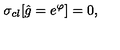
\sigma _ { c l } [ \hat { g } = e ^ { \varphi } ] = 0 ,